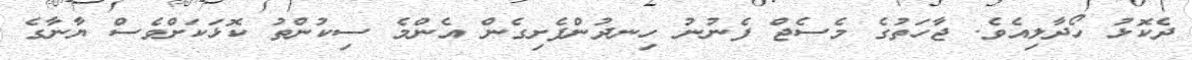
ދެކޮޅު ހޯދާލިއެވެ. ޖާހަތުގެ މެސެޖް ފެނުނު ހިނދުންފެށިގެން އެންމެ ސިކުންތު ކޮޅަކަށްވެސް ޔާނާގެ